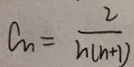
a _ { n } = \frac { 2 } { h ( n + 1 ) }